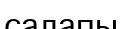
салапы